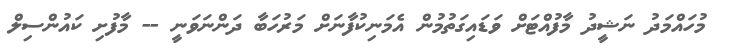
މުހައްމަދު ނަޝީދު މާފުއްޓަށް ވަޑައިގަތުމުން އެމަނިކުފާނަށް މަރުހަބާ ދަންނަވަނީ -- މާފުށި ކައުންސިލް